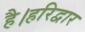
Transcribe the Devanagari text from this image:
है।हरिद्वार